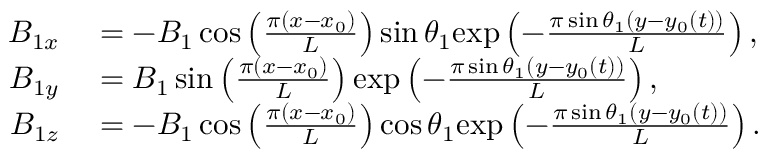
\begin{array} { r l } { B _ { 1 x } } & { { } = - B _ { 1 } \cos \left( \frac { \pi ( x - x _ { 0 } ) } { L } \right) \sin \theta _ { 1 } \mathrm { e x p } \left( - \frac { \pi \sin \theta _ { 1 } ( y - y _ { 0 } ( t ) ) } { L } \right) , } \\ { B _ { 1 y } } & { { } = B _ { 1 } \sin \left( \frac { \pi ( x - x _ { 0 } ) } { L } \right) \mathrm { e x p } \left( - \frac { \pi \sin \theta _ { 1 } ( y - y _ { 0 } ( t ) ) } { L } \right) , } \\ { B _ { 1 z } } & { { } = - B _ { 1 } \cos \left( \frac { \pi ( x - x _ { 0 } ) } { L } \right) \cos \theta _ { 1 } \mathrm { e x p } \left( - \frac { \pi \sin \theta _ { 1 } ( y - y _ { 0 } ( t ) ) } { L } \right) . } \end{array}